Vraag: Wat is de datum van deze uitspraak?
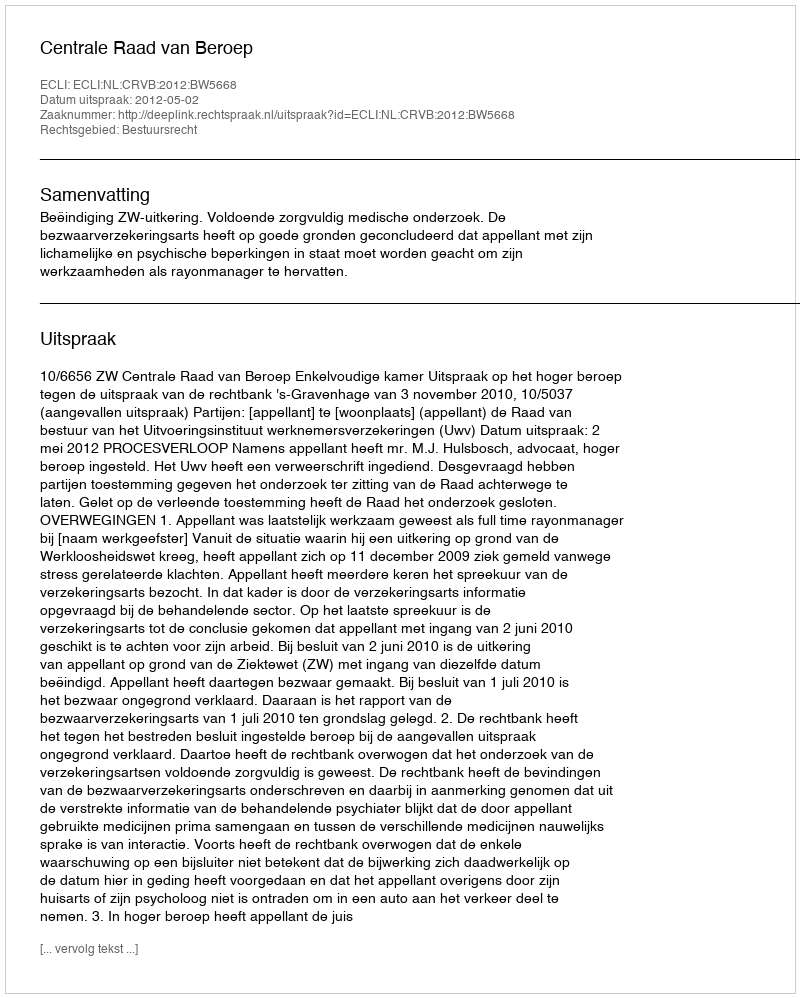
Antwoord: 2012-05-02